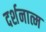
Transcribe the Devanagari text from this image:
दर्शनात्म